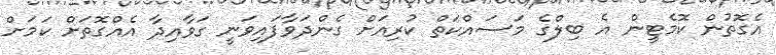
އެގޮތުން ކޮމެޓީން އެ ބިލްގެ މަސައްކަތް ކުރިއަށް ގެންދަވާފައިވަނީ ގަވާއިދާ އެއްގޮތަށް ކަަމަށް